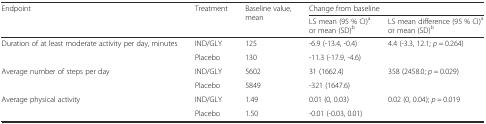
<table><thead><tr><td rowspan="2"><b>Endpoint</b></td><td rowspan="2"><b>Treatment</b></td><td rowspan="2"><b>Baseline value, mean</b></td><td colspan="2"><b>Change from baseline</b></td></tr><tr><td><b>LS mean (95 % CI)<sup>a</sup>or mean (SD)<sup>b</sup></b></td><td><b>LS mean difference (95 % CI)<sup>a</sup>or mean (SD)<sup>b</sup></b></td></tr></thead><tbody><tr><td rowspan="2">Duration of at least moderate activity per day, minutes</td><td>IND/GLY</td><td>125</td><td>-6.9 (-13.4, -0.4)</td><td rowspan="2">4.4 (-3.3, 12.1; <i>p</i> = 0.264)</td></tr><tr><td>Placebo</td><td>130</td><td>-11.3 (-17.9, -4.6)</td></tr><tr><td rowspan="2">Average number of steps per day</td><td>IND/GLY</td><td>5602</td><td>31 (1662.4)</td><td rowspan="2">358 (2458.0; <i>p</i> = 0.029)</td></tr><tr><td>Placebo</td><td>5849</td><td>-321 (1647.6)</td></tr><tr><td rowspan="2">Average physical activity</td><td>IND/GLY</td><td>1.49</td><td>0.01 (0, 0.03)</td><td rowspan="2">0.02 (0, 0.04); <i>p</i> = 0.019</td></tr><tr><td>Placebo</td><td>1.50</td><td>-0.01 (-0.03, 0.01)</td></tr></tbody></table>